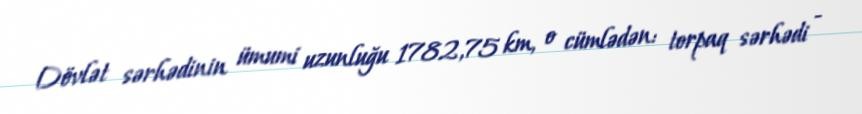
Dövlət sərhədinin ümumi uzunluğu 1782,75 km, o cümlədən: torpaq sərhədi -